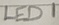
Text: LED1